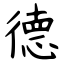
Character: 德